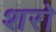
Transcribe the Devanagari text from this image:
शरो